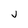
Character: j